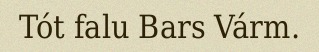
Tót falu Bars Várm.